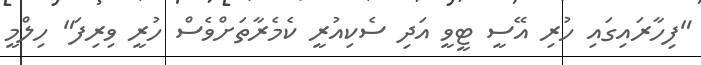
"ފިހާރައިގައި ހުރި އޭސީ ޓީވީ އަދި ސެކިއުރީ ކެމެރާތަށްވެސް ހުރީ ވިރިފަ" ހިލްމީ